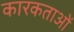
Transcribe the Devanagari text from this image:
कारकताओं